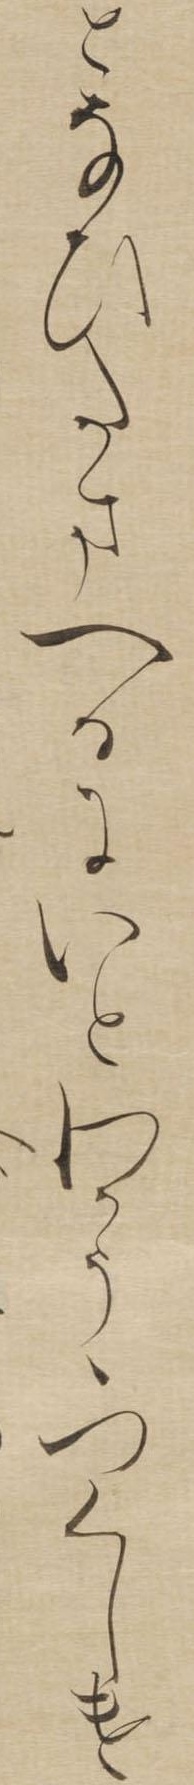
となひたまへるにいとわかうゝつくしけ